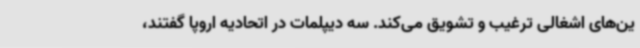
ین‌های اشغالی ترغیب و تشویق می‌کند. سه دیپلمات در اتحادیه اروپا گفتند،